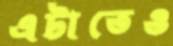
এটাতেও